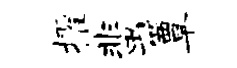
擢蜚簟